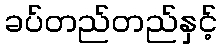
ခပ်တည်တည်နှင့်